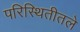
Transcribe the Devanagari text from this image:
परिस्थितीतले